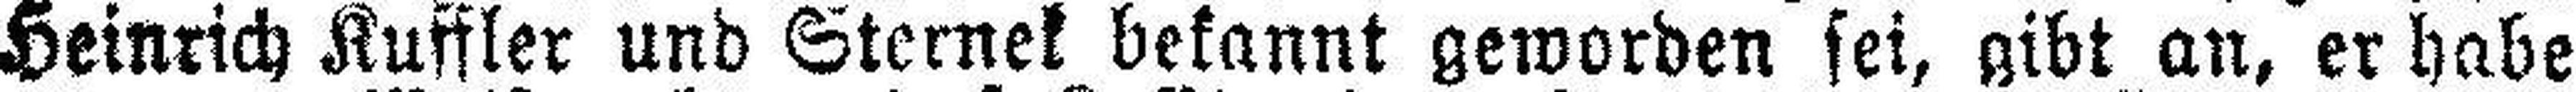
Heinrich Kuffler und Sternek bekannt geworden sei, gibt an, er habe